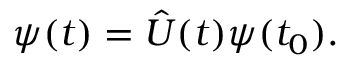
\psi ( t ) = { \hat { U } } ( t ) \psi ( t _ { 0 } ) .